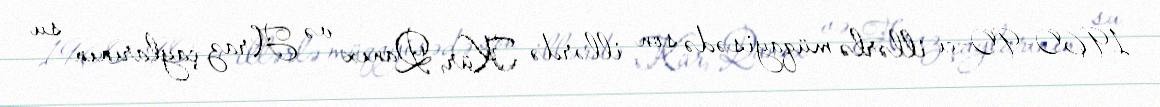
1960-90-cı illərlə müqayisədə son illərdə Kür, Qanıx və Araz çaylarının su